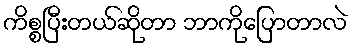
ကိစ္စပြီးတယ်ဆိုတာ ဘာကိုပြောတာလဲ